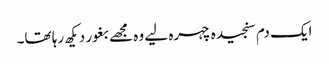
ایک دم سنجیدہ چہرہ لیے وہ مجھے بغور دیکھ رہا تھا۔